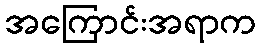
အကြောင်းအရာက